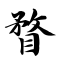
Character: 瞀